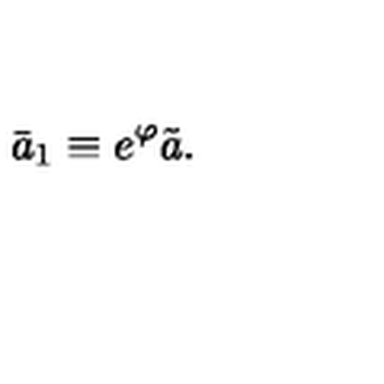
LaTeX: \bar { a } _ { 1 } \equiv e ^ { \varphi } \tilde { a } .